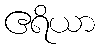
ဧရိယာ